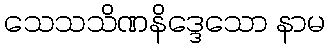
သေသသိဏနိဒ္ဒေသော နာမ